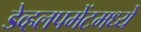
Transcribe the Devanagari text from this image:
डेव्हलपमेंटमध्ये